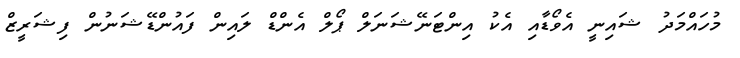
މުހައްމަދު ޝައިނީ އެވޯޑާއި އެކު އިންޓަނޭޝަނަލް ޕޯލްް އެންޑް ލައިން ފައުންޑޭޝަނުން ފިޝަރީޒް